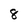
Character: 8